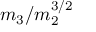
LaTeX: m _ { 3 } / m _ { 2 } ^ { 3 / 2 }